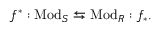
f ^ { * } : { \mathrm { M o d } } _ { S } \leftrightarrows { \mathrm { M o d } } _ { R } : f _ { * } .